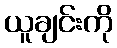
ယူချင်းကို